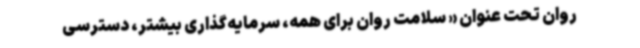
روان تحت عنوان « سلامت روان برای همه، سرمایه‌گذاری بیشتر، دسترسی